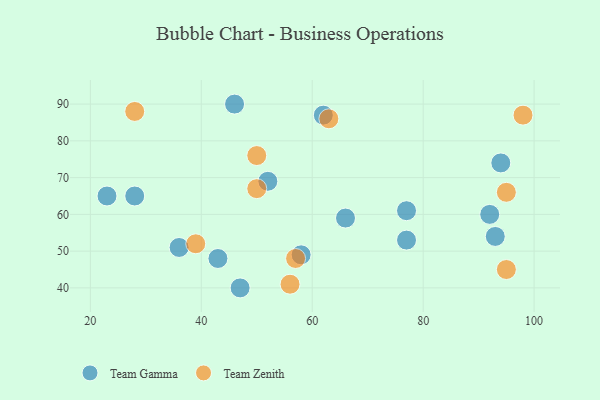
{"axis": {"x": "GDP", "y": "Life Expectancy"}, "legend": ["Team Gamma", "Team Zenith"], "data": [{"x": "94", "y": 74, "type": "Team Gamma"}, {"x": "66", "y": 59, "type": "Team Gamma"}, {"x": "93", "y": 54, "type": "Team Gamma"}, {"x": "52", "y": 69, "type": "Team Gamma"}, {"x": "46", "y": 90, "type": "Team Gamma"}, {"x": "47", "y": 40, "type": "Team Gamma"}, {"x": "77", "y": 53, "type": "Team Gamma"}, {"x": "43", "y": 48, "type": "Team Gamma"}, {"x": "77", "y": 61, "type": "Team Gamma"}, {"x": "92", "y": 60, "type": "Team Gamma"}, {"x": "58", "y": 49, "type": "Team Gamma"}, {"x": "36", "y": 51, "type": "Team Gamma"}, {"x": "23", "y": 65, "type": "Team Gamma"}, {"x": "28", "y": 65, "type": "Team Gamma"}, {"x": "62", "y": 87, "type": "Team Gamma"}, {"x": "28", "y": 88, "type": "Team Zenith"}, {"x": "63", "y": 86, "type": "Team Zenith"}, {"x": "95", "y": 66, "type": "Team Zenith"}, {"x": "95", "y": 45, "type": "Team Zenith"}, {"x": "50", "y": 67, "type": "Team Zenith"}, {"x": "57", "y": 48, "type": "Team Zenith"}, {"x": "98", "y": 87, "type": "Team Zenith"}, {"x": "50", "y": 76, "type": "Team Zenith"}, {"x": "39", "y": 52, "type": "Team Zenith"}, {"x": "56", "y": 41, "type": "Team Zenith"}]}